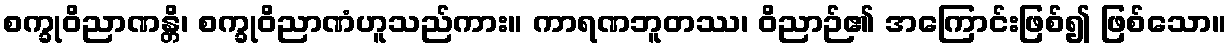
စက္ခုဝိညာဏန္တိ၊ စက္ခုဝိညာဏံဟူသည်ကား။ ကာရဏဘူတဿ၊ ဝိညာဉ်၏ အကြောင်းဖြစ်၍ ဖြစ်သော။